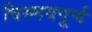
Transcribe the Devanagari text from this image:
विस्मयपूर्ण